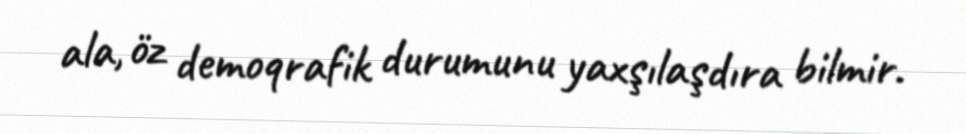
ala, öz demoqrafik durumunu yaxşılaşdıra bilmir.